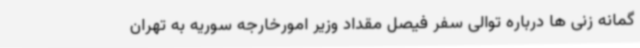
گمانه زنی ها درباره توالی سفر فیصل مقداد وزیر امورخارجه سوریه به تهران